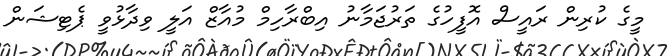
މީގެ ކުރިން ރައީސް އޮފީހުގެ ތަރުޖަމާނު އިބްރާހިމް މުއާޒް އަލީ ވިދާޅުވީ ޕެޓިޝަން